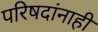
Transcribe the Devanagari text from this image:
परिषदांनाही